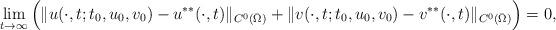
LaTeX: \begin{align*} \lim_{t \to \infty}\Big(\|u(\cdot,t;t_0,u_0,v_0)-u^{**}(\cdot,t)\|_{C^0(\bar\Omega)}+\|v(\cdot,t;t_0,u_0,v_0)-v^{**}(\cdot,t)\|_{C^0(\bar\Omega)}\Big)=0, \end{align*}